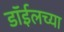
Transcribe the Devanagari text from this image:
डाॅईलच्या